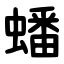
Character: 蟠